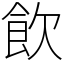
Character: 飲